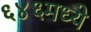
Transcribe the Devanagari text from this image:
६४६मध्ये